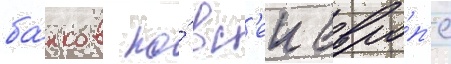
ба́нков по́ вс'еи евро́п'е